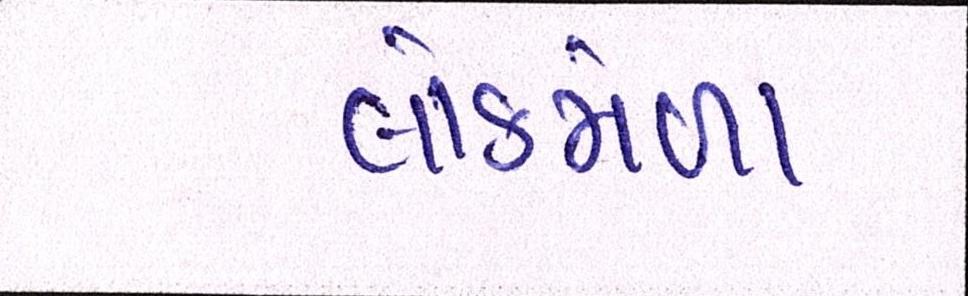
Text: લોકમેળા